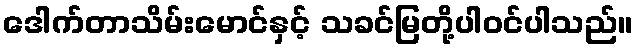
ဒေါက်တာသိမ်းမောင်နှင့် သခင်မြတို့ပါဝင်ပါသည်။